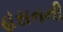
હસનની